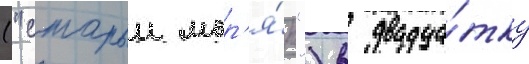
("старыи мор'я́к") в двадца́тку